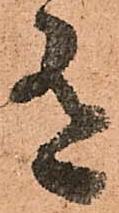
有